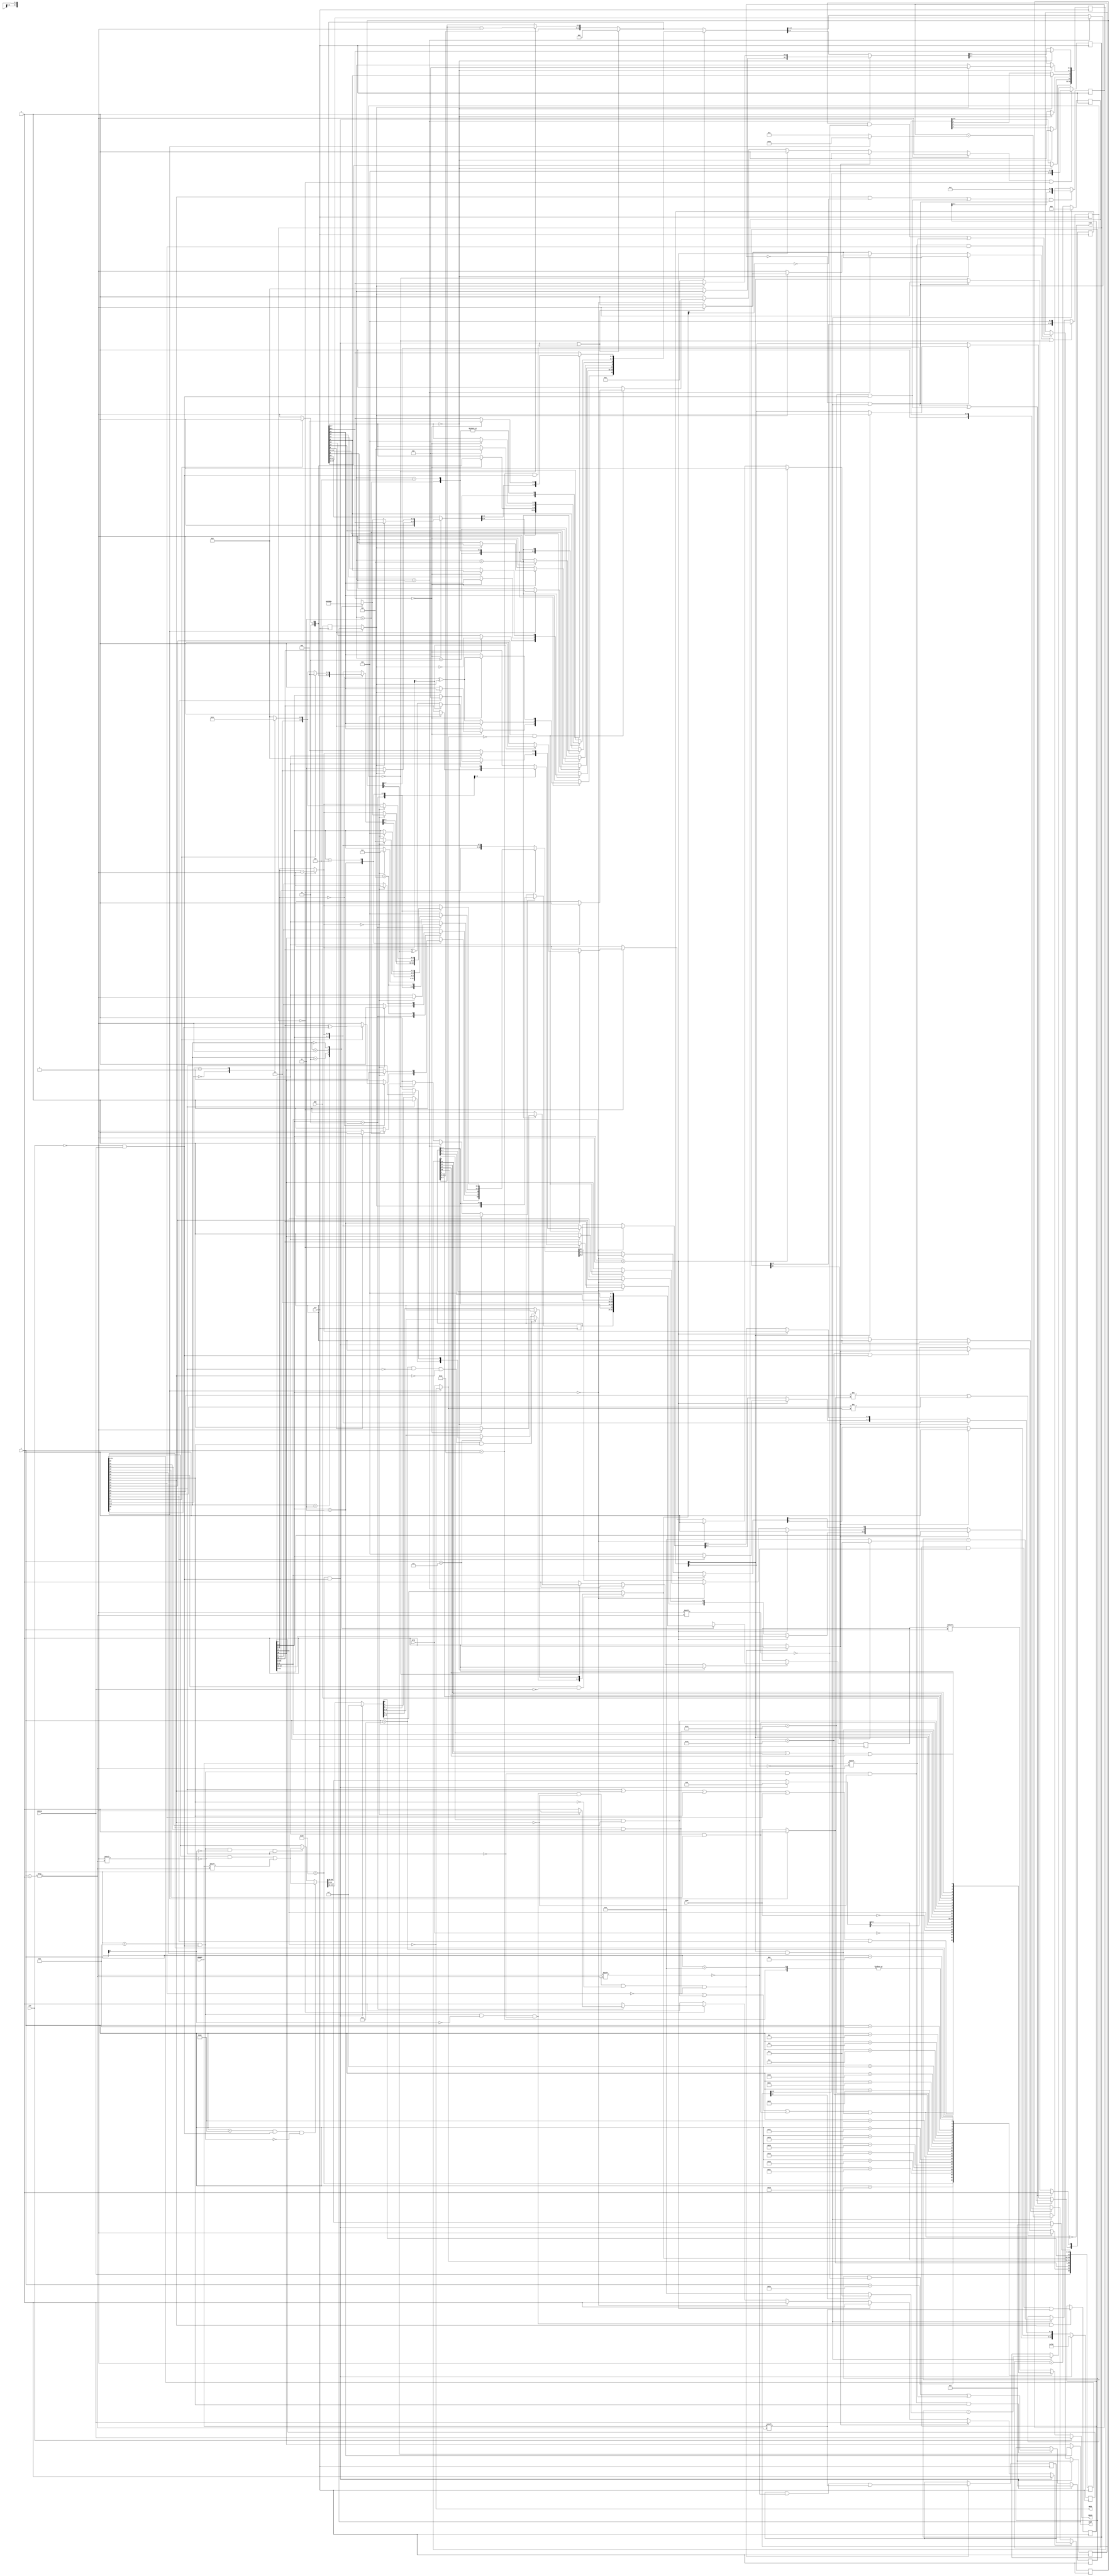
module tms9902 (CLK, nRTS, nDSR, nCTS, nINT, nCE, CRUOUT, CRUIN, CRUCLK, XOUT, RIN, S);

  output nRTS, nINT, CRUIN, XOUT;
  input  CLK, nDSR, nCTS, nCE, CRUOUT, CRUCLK, RIN;
  input  [4:0] S;

  wire   nRTS, XOUT, nINT, CRUIN;
  wire   CLK, nDSR, nCTS, nCE, CRUOUT, CRUCLK, RIN;
  wire   [4:0] S;

  // Synchronise RIN
  reg srin;
  always @(posedge CLK) srin = RIN;
  
  // ==========================================================================
  // CLOCK DIVIDER
  // ==========================================================================

  `define MHz 12
  reg    [5:0] clkctr_q = 0, clkctr_d;
  wire   bitclk;
  
  assign bitclk = (clkctr_q==0);
  
  always @(posedge CLK) clkctr_q = clkctr_d;
  
  always @(clkctr_q)
  begin : clkctr_cmb
    if (clkctr_q==0)
      clkctr_d = `MHz - 1;
    else    
      clkctr_d = clkctr_q - 1;
  end

  // ==========================================================================
  // CRU FLAGS + CONTROLLER
  // ==========================================================================

  `define reset    31

  `define cruclk   25
  `define dsch     24
  `define pdsr     23
  `define pcts     22
  
  `define dscenb   21
  `define timenb   20
  `define xienb    19
  `define rienb    18
  `define brkon    17
  `define rtson    16
  `define tstmd    15
  `define ldctl    14
  `define ldir     13
  `define lrdr     12
  `define lxdr     11

  `define sbs     7:6
  `define penb      5
  `define podd      4
  `define clk4m     3
  `define rcl     1:0

  wire   sig_wrsel    = nCE==0 && CRUCLK==1;
  
  // S address decoder
  //
  wire   sig_crudata  = (S<11)       && sig_wrsel;
  wire   sig_crudata7 = sig_crudata && !S[3];
  wire   sig_cructl   = (S<22)       && sig_wrsel;
  wire   sig_reset    = (S==`reset)  && sig_wrsel;
  wire   sig_timenb   = (S==`timenb) && sig_wrsel;
  wire   sig_rienb    = (S==`rienb)  && sig_wrsel;
  wire   sig_dscenb   = (S==`dscenb) && sig_wrsel;

  wire   sig_ldir     = (cruFLG_q[`ldir] && !cruFLG_d[`ldir]) || sig_timenb;
  
  // Flag & control register
  //
  reg    [25:0] cruFLG_q, cruFLG_d;
  
  always @(posedge CLK) cruFLG_q = cruFLG_d;
  
  always @(cruFLG_q, sig_reset, sig_cructl, sig_dscenb, ndsr2, ncts2, CRUCLK, S)
  begin : cruFLG_cmb
    
    cruFLG_d = cruFLG_q;
  
    // process flag & control bits
    if (sig_reset)
      begin
        cruFLG_d = 0;
        cruFLG_d[`ldctl:`lxdr] = 4'b1111;
      end
    else if (sig_cructl && ~sig_crudata)
      cruFLG_d[S] = CRUOUT;
    else if (sig_crudata && ~S[3] && cruFLG_q[`ldctl]) // bits 7:0 only
      cruFLG_d[S] = CRUOUT;
    
    if (sig_dscenb)
      cruFLG_d[`dsch] = 0;
    
    // monitor and flag device state change bits
    cruFLG_d[`pdsr] = ndsr2;
    cruFLG_d[`pcts] = ncts2;
    if (cruFLG_q[`pdsr]!=ndsr2 || cruFLG_q[`pcts]!=ncts2)
      cruFLG_d[`dsch] = 1;

    // On falling edge of CRUCLK reset register select bits as needed
    cruFLG_d[`cruclk] = CRUCLK;
    if (cruFLG_q[`cruclk] && ~CRUCLK)
    begin
      if ((S==10) && ~cruFLG_q[`ldctl] && ~cruFLG_q[`ldir] && cruFLG_q[`lrdr])
        cruFLG_d[`lrdr] = 0;
      else if (S==7)
        if (cruFLG_q[`ldctl])
          cruFLG_d[`ldctl] = 0;
        else
          cruFLG_d[`ldir]  = 0;
    end
  end

  // prepare half-bit times for data bits and stop bits
  //
  reg [4:0] xbits, sbits;
  
  always @(cruFLG_q)
  begin
    case (cruFLG_q[`rcl])
      2'd3: xbits = 16;
      2'd2: xbits = 14;
      2'd1: xbits = 12;
      2'd0: xbits = 10;
    endcase
    case (cruFLG_q[`sbs])
      2'b00:   sbits = 3;
      2'b01:   sbits = 4;
      default: sbits = 2;
    endcase
  end
  
  // Implement TSTMD functionality
  //
  wire   ncts2 = (cruFLG_q[`tstmd]!=1) ? nCTS : nRTS;
  wire   rin2  = (cruFLG_q[`tstmd]!=1) ? srin : XOUT;
  wire   ndsr2 = (cruFLG_q[`tstmd]!=1) ? nDSR : 0;

  // ==========================================================================
  // INTERVAL TIMER
  // ==========================================================================

  // Timer register
  //
  reg    [7:0] timreg_q, timreg_d;       // timer interval register

  always @(posedge CLK) timreg_q = timreg_d;
  
  always @(sig_crudata or S)
  begin : tmr_cmb
    timreg_d = timreg_q;
    if (sig_crudata7 && !cruFLG_q[`ldctl] && cruFLG_q[`ldir])
      timreg_d[S] = CRUOUT;
  end

  // Timer counter
  //
  reg    [7:0] timctr_q, timctr_d; // timer counter register
  wire   sig_tim_ctr_iszero;

  always @(posedge CLK) timctr_q = timctr_d;
  
  assign sig_tim_ctr_iszero = (timctr_q==0) && bitclk;
  
  always @(bitclk or timctr_q or sig_tim_ctr_iszero or cruFLG_q[`tstmd])
  begin : timctr_cmb
    timctr_d = timctr_q;
    if (sig_ldir || sig_tim_ctr_iszero)
       timctr_d = {timreg_q, 6'b000000};
    else if (bitclk)
       timctr_d = timctr_q - ((cruFLG_q[`tstmd]) ? 32 : 1);
  end

  // Timer controller
  //
  `define timelp 0
  `define timerr 1
  reg    [1:0] timFSM_q, timFSM_d; // timer control register

  always @(posedge CLK) timFSM_q = timFSM_d;
  
  always @(sig_reset or sig_timenb or sig_tim_ctr_iszero)
  begin : timFSM_cmb
    timFSM_d = timFSM_q;
    if (sig_reset || sig_timenb) begin
      timFSM_d[`timelp] = 0;
      timFSM_d[`timerr] = 0;
    end else if (sig_tim_ctr_iszero) begin
      if (timFSM_q[`timelp]) timFSM_d[`timerr] = 1;
      timFSM_d[`timelp] = 1;
    end
  end

  // ==========================================================================
  //   TRANSMITTER
  // ==========================================================================
  
  reg sig_xhb_reset;
  reg sig_xbr7;
  reg sig_xsr_load;
  reg sig_xsr_shift;
  
  // Transmit data rate register
  //
  reg [10:0] xdr_q, xdr_d;
  
  always @(posedge CLK) xdr_q = xdr_d;
  
  always @(xdr_q, cruFLG_q, sig_reset, S, CRUOUT)
  begin : xdr_cmb
    xdr_d = xdr_q;
    if (sig_reset)
      xdr_d = 0;
    else if (sig_crudata && !cruFLG_q[`ldctl] && !cruFLG_q[`ldir] && cruFLG_q[`lxdr])
      xdr_d[S] = CRUOUT;
  end

  // Transmit buffer register
  //
  reg [7:0] xbr_q, xbr_d;
  
  always @(posedge CLK) xbr_q = xbr_d;
  
  always @(xbr_q, sig_crudata7, cruFLG_q, S, CRUOUT)
  begin : xbr_cmb
    xbr_d = xbr_q;
    sig_xbr7 = 0;
    if (sig_crudata7 && !cruFLG_q[`ldctl] && !cruFLG_q[`ldir] && !cruFLG_q[`lrdr] && !cruFLG_q[`lxdr])
    begin
      xbr_d[S] = CRUOUT;
      sig_xbr7 = (S==7);
    end
  end
  
  // Transmit shift register
  //
  reg [7:0] xsr_q, xsr_d;
  
  always @(posedge CLK) xsr_q = xsr_d;
  
  always @(xsr_q, xbr_q, sig_xsr_load, sig_xsr_shift)
  begin : xsr_cmb
    xsr_d = xsr_q;
    if (sig_xsr_load)
      xsr_d = xbr_q;
    else if (sig_xsr_shift)
      xsr_d = {1'b0, xsr_q[7:1]};
  end

  // Transmit half-bit counter register
  //
  reg [12:0] xhbctr_q, xhbctr_d;

  always @(posedge CLK) xhbctr_q = xhbctr_d;

  wire sig_xhbctr_iszero = (xhbctr_q == 13'd0);

  always @(xhbctr_q, xdr_q, bitclk, sig_xhb_reset, sig_xhbctr_iszero)
  begin : xhbctr_cmb
    xhbctr_d = xhbctr_q;
    if (sig_xhb_reset || sig_xhbctr_iszero)
      xhbctr_d = {xdr_q[9:0], 3'b000};
    else if (bitclk)
      xhbctr_d = xhbctr_q - (!xdr_q[10] ? 8 : 1);
  end

  // Transmit controller and FSM
  //
  `define bitctr 4:0
  `define state 7:5
  `define xbre   8
  `define xsre   9
  `define xout   10
  `define rts    11
  `define par    12

  wire rtson = (cruFLG_q[`rtson] && !ncts2);
  
  // Transmitter FSM states
  parameter IDLE = 3'd0, BREAK = 3'd1, START = 3'd2, BITS = 3'd3, PARITY = 3'd4, STOP = 3'd5;

  reg [12:0] xmtFSM_q, xmtFSM_d;
  
  always @(posedge CLK) xmtFSM_q = xmtFSM_d;

  always @(xmtFSM_q, cruFLG_q, xsr_q, ncts2, sig_xbr7, sig_reset, sig_xhbctr_iszero)
  begin : xmtFSM_cmb

    xmtFSM_d = xmtFSM_q;
    sig_xhb_reset = 0; sig_xsr_load = 0; sig_xsr_shift = 0;

    if (sig_xhbctr_iszero)
      xmtFSM_d[`bitctr] = xmtFSM_q[`bitctr] - 1;
      
    if (sig_reset)
    begin
      xmtFSM_d = 13'b00111_000_00000;
      sig_xhb_reset = 1;
    end

    else if (sig_xbr7)
      xmtFSM_d[`xbre] = 0;
      
    else if (xmtFSM_d[`state]==BREAK)
    begin
      xmtFSM_d[`xout] = 0;
      if (!cruFLG_q[`brkon]) xmtFSM_d[`state] = IDLE;
    end
    
    else if (xmtFSM_d[`state]==IDLE)
      begin
        xmtFSM_d[`rts] = cruFLG_q[`rtson];
        if (cruFLG_q[`rtson] && !ncts2)
        begin
          if (xmtFSM_d[`xbre])
            begin
            if (cruFLG_q[`brkon])  xmtFSM_d[`state] = BREAK;
            end
          else
            begin
            xmtFSM_d[`state]  = START;
            xmtFSM_d[`xout]   = 0;
            xmtFSM_d[`bitctr] = 5'd2;
            sig_xhb_reset     = 1;
            end
        end
      end

    else if (sig_xhbctr_iszero)
      case (xmtFSM_d[`state])
      
      START:
        if (xmtFSM_d[`bitctr]==0)
        begin
          sig_xsr_load = 1;
          xmtFSM_d[`xsre]   = 0;
          xmtFSM_d[`xbre]   = 1;
          xmtFSM_d[`state]  = BITS;
          xmtFSM_d[`bitctr] = xbits;
          xmtFSM_d[`par]    = 0;
        end

      BITS:
        begin
          if (!xmtFSM_d[0])
          begin
            xmtFSM_d[`par] = xmtFSM_q[`par] ^ xsr_q[0];
            sig_xsr_shift = 1;
          end
          if (xmtFSM_q[`bitctr]==0)
            if (cruFLG_q[`penb])
            begin
              xmtFSM_d[`xout]   = xmtFSM_q[`par] ^ cruFLG_q[`podd];
              xmtFSM_d[`state]  = PARITY;
              xmtFSM_d[`bitctr] = 5'd2;
            end
            else begin
              xmtFSM_d[`xout]   = 1;
              xmtFSM_d[`state]  = STOP;
              xmtFSM_d[`bitctr] = sbits;
            end
        end

      PARITY:
        if (xmtFSM_d[`bitctr]==0)
        begin
          xmtFSM_d[`xout]   = 1;
          xmtFSM_d[`state]  = STOP;
          xmtFSM_d[`bitctr] = sbits;
        end

      STOP:
        if (xmtFSM_d[`bitctr]==0)
        begin
          xmtFSM_d[`xsre]  = 1;
          xmtFSM_d[`state] = IDLE;        
        end
      
      default:
        xmtFSM_d[`state] = IDLE;

      endcase

  end
  
  assign XOUT = xmtFSM_q[`state]==BITS ? xsr_q[0] : xmtFSM_q[`xout];
  assign nRTS = ~xmtFSM_q[`rts];

  // ==========================================================================
  //   RECEIVER
  // ==========================================================================
  
  reg sig_rbr_load;
  reg sig_rsr_shift;
  reg sig_rhb_reset;
  
  // Receive data rate register
  //
  reg [10:0] rdr_q, rdr_d;
  
  always @(posedge CLK) rdr_q = rdr_d;
  
  always @(rdr_q, cruFLG_q, sig_reset, S, CRUOUT)
  begin : rdr_cmb
    rdr_d = rdr_q;
    if (sig_reset)
      rdr_d = 0;
    else if (sig_crudata && !cruFLG_q[`ldctl] && !cruFLG_q[`ldir] && cruFLG_q[`lrdr])
      rdr_d[S] = CRUOUT;
  end

  // Receive buffer register
  //
  reg [7:0] rbr_q, rbr_d;
  
  always @(posedge CLK) rbr_q = rbr_d;
  
  always @(rbr_q, sig_rbr_load, cruFLG_q, S, CRUOUT)
  begin : rbr_cmb
    rbr_d = rbr_q;
    if (sig_rbr_load)
    begin
      case (cruFLG_q[`rcl])
      2'd3: rbr_d = rsr_q;
      2'd2: rbr_d = { 1'b0,   rsr_q[7:1] };
      2'd1: rbr_d = { 2'b00,  rsr_q[7:2] };
      2'd0: rbr_d = { 3'b000, rsr_q[7:3] };
      endcase
    end
  end

  // Recieve shift register
  //
  reg [7:0] rsr_q, rsr_d;
  
  always @(posedge CLK) rsr_q = rsr_d;
  
  always @(xsr_q, rbr_q, rin2, sig_rsr_shift)
  begin : rsr_cmb
    rsr_d = rsr_q;
    if (sig_rsr_shift)
      rsr_d = {rin2, rsr_q[7:1]};
  end
 
  // Receive half-bit counter register
  //
  reg [12:0] rhbctr_q, rhbctr_d;

  always @(posedge CLK) rhbctr_q = rhbctr_d;

  wire sig_rhbctr_iszero = (rhbctr_q == 13'd0);

  always @(rhbctr_q, rdr_q, bitclk, sig_rhb_reset, sig_rhbctr_iszero)
  begin : rhbctr_cmb
    rhbctr_d = rhbctr_q;
    if (sig_rhb_reset || sig_rhbctr_iszero)
      rhbctr_d = {rdr_q[9:0], 3'b000};
    else if (bitclk)
      rhbctr_d = rhbctr_q - (!rdr_q[10] ? 8 : 1);
  end

  // Receive controller and FSM
  //
  // bits 0:7 are bitctr and state
  `define rbrl   8
  `define rsbd   9
  `define rfbd   10
  `define rover  11
  `define rper   12
  `define rfer   13
  `define par    14
  
  // Receive FSM state START1 replaces BREAK from the transmit state numbers
  parameter START1 = 3'd1;
  
  reg [14:0] rcvFSM_q, rcvFSM_d;
  
  always @(posedge CLK) rcvFSM_q = rcvFSM_d;

  always @(rcvFSM_q, cruFLG_q, rin2, sig_reset, sig_rienb, sig_rhbctr_iszero)
  begin : rcvFSM_cmb
  
    rcvFSM_d = rcvFSM_q;
    sig_rhb_reset = 0; sig_rbr_load = 0; sig_rsr_shift = 0;

    if (sig_rhbctr_iszero)
      rcvFSM_d[`bitctr] = rcvFSM_q[`bitctr] - 1;

    if (sig_reset || sig_rienb)
    begin
      rcvFSM_d = 0;
      sig_rhb_reset = 1;
    end

    if (rcvFSM_d[`state]==IDLE)
    begin
      rcvFSM_d[`rsbd] = 0;
      rcvFSM_d[`rfbd] = 0;
      if (rin2)
        rcvFSM_d[`state] = START1;
    end

    else if (rcvFSM_d[`state]==START1)
    begin
      if (!rin2)
      begin
        rcvFSM_d[`state]  = START;
        rcvFSM_d[`bitctr] = 1;
        sig_rhb_reset = 1;
      end
    end

    else if (sig_rhbctr_iszero)
      case (rcvFSM_d[`state])

      START:
        if (rcvFSM_d[`bitctr]==0)
          if (rin2)
            rcvFSM_d[`state] = IDLE;
          else
          begin
            rcvFSM_d[`state]  = BITS;
            rcvFSM_d[`bitctr] = xbits;
            rcvFSM_d[`par]    = 0;
            rcvFSM_d[`rsbd]   = 1;
          end

      BITS:
        begin
          if (!rcvFSM_d[0]) // at half bit time, read bit
          begin
            rcvFSM_d[`par]  = rcvFSM_d[`par] ^ rin2;
            rcvFSM_d[`rfbd] = 1;
            sig_rsr_shift = 1;
          end;
          if (rcvFSM_d[`bitctr]==0)
          begin
            rcvFSM_d[`bitctr] = 2;
            if (cruFLG_q[`penb])
              rcvFSM_d[`state] = PARITY;
            else
              rcvFSM_d[`state] = STOP;
          end
        end

      PARITY:
        if (rcvFSM_d[`bitctr]==0)
        begin
          rcvFSM_d[`par]    = rcvFSM_d[`par] ^ rin2;
          rcvFSM_d[`state]  = STOP;
          rcvFSM_d[`bitctr] = 2;
        end

      STOP:
        if (rcvFSM_d[`bitctr]==0)
        begin
          rcvFSM_d[`rover]  = rcvFSM_d[`rbrl];
          rcvFSM_d[`rper]   = rcvFSM_d[`par];
          rcvFSM_d[`rfer]   = !rin2;
          rcvFSM_d[`rbrl]   = 1;
          rcvFSM_d[`state]  = IDLE;
          sig_rbr_load = 1;
        end

      default:
        rcvFSM_d[`state]  = IDLE;

      endcase
  end

  // ==========================================================================
  //   CRU INPUT
  // ==========================================================================
  
  //    Combinational helper signals (see figure 7 datasheet)
  //
  wire dscint = cruFLG_q[`dsch]   & cruFLG_q[`dscenb];
  wire rint   = rcvFSM_q[`rbrl]   & cruFLG_q[`rienb];
  wire xint   = xmtFSM_q[`xbre]   & cruFLG_q[`xienb];
  wire timint = timFSM_q[`timelp] & cruFLG_q[`timenb];
  wire intr   = dscint | rint | xint | timint;

  assign nINT  = !intr;

  wire rcverr = rcvFSM_q[`rfer] | rcvFSM_q[`rover] | rcvFSM_q[`rper];
  wire flag   = cruFLG_q[`ldctl] | cruFLG_q[`ldir] | cruFLG_q[`lrdr] |
                cruFLG_q[`lxdr] | cruFLG_q[`brkon];
  
  // the CRUIN signal is essentially a 32-way mux with a tri-state output
  //
  reg cruin;

  always @(S, intr, flag, cruFLG_q, nCTS, nDSR, nRTS, timFSM_q, dscint,
           timint, xint, rint, RIN, rcvFSM_q, rbr_q)
  begin
    case (S)
    31: cruin = intr;              // any interupt pending
    30: cruin = flag;              // 'flag' field
    29: cruin = cruFLG_q[`dsch];   // device status change
    28: cruin = !nCTS;             // inverse nCTS input
    27: cruin = !nDSR;             // inverse nDSR input
    26: cruin = !nRTS;             // inverse nRTS output
    25: cruin = timFSM_q[`timelp]; // timer elapsed
    24: cruin = timFSM_q[`timerr]; // timer elapsed more than once
    23: cruin = xmtFSM_q[`xsre];   // transmit shift register empty
    22: cruin = xmtFSM_q[`xbre];   // transmit buffer register empty
    21: cruin = rcvFSM_q[`rbrl];   // receiver buffer register loaded
    20: cruin = dscint;            // device status change interrupt pending
    19: cruin = timint;            // timer interrupt pending
    18: cruin = 0;                 // not used (always 0)
    17: cruin = xint;              // transmit interrupt pending
    16: cruin = rint;              // receiver interrupt pending
    15: cruin = RIN;               // copy of RIN input
    14: cruin = rcvFSM_q[`rsbd];   // receive start bit detected
    13: cruin = rcvFSM_q[`rfbd];   // receive fisrt bit detected
    12: cruin = rcvFSM_q[`rfer];   // receive framing error
    11: cruin = rcvFSM_q[`rover];  // receive overflow error
    10: cruin = rcvFSM_q[`rper];   // receive parity error
     9: cruin = rcverr;            // any receive error
     8: cruin = 0;                 // not used (always 0)
    default: cruin = rbr_q[S];     // receiver buffer register[7:0]
    endcase
  end
  
//  assign CRUIN = nCE ? 1'bz : cruin;
  assign CRUIN = nCE ? 1'b0 : cruin;

endmodule